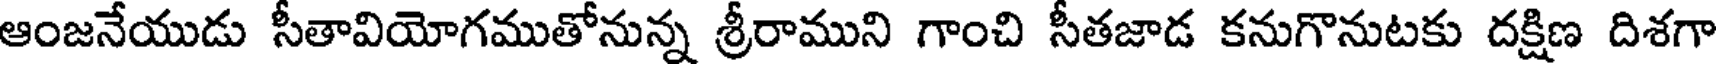
ఆంజనేయుడు సీతావియోగముతోనున్న శ్రీరాముని గాంచి సీతజాడ కనుగొనుటకు దక్షిణ దిశగా